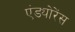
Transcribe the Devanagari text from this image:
एंड्योरेंस